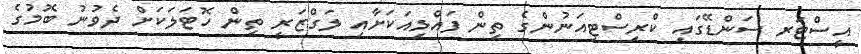
އީސްޓަރ ސަންޑޭގައި ކްރިސްޓިއަނުންގެ ތިން ފައްޅިއަކަށާއި ލަގްޒަރީ ތިން ހޮޓަލަކަށް ދެވުނު ބޮމުގެ